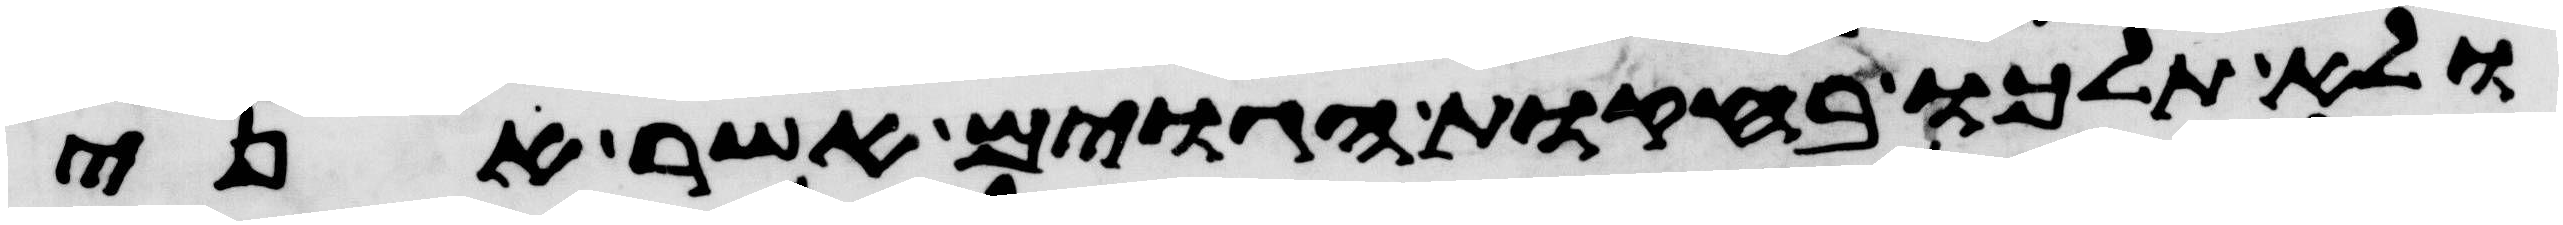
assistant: ולא תלכו בחקות הגוים אשר אני